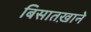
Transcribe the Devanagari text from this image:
बिसातख़ाने